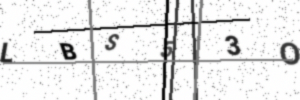
Text: LBS53O